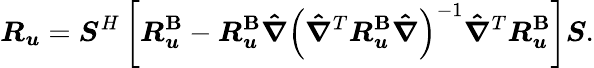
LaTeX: \boldsymbol{R_{u}}=\boldsymbol{S}^{H}\left[\boldsymbol{R_{u}^{\mathbf{B}}}-\boldsymbol{R_{u}^{\mathbf{B}}}\boldsymbol{\hat{{\nabla}}}\left(\boldsymbol{\hat{{\nabla}}}^{T}\boldsymbol{R_{u}^{\mathbf{B}}}\boldsymbol{\hat{{\nabla}}}\right)^{-1}\boldsymbol{\hat{{\nabla}}}^{T}\boldsymbol{R_{u}^{\mathbf{B}}}\right]\boldsymbol{S}.